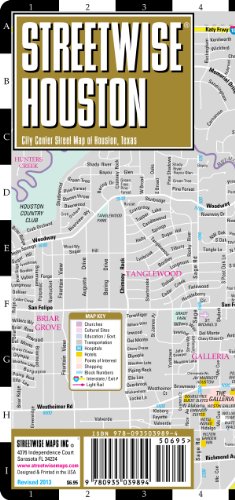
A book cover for Streetwise Houston Map - Laminated City Center Street Map of Houston, Texas - Folding pocket size travel map with metro light rail; Streetwise Maps; Travel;